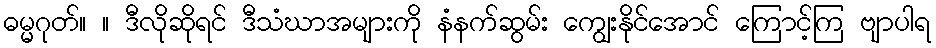
ဓမ္မဂုတ်။ ။ ဒီလိုဆိုရင် ဒီသံဃာအများကို နံနက်ဆွမ်း ကျွေးနိုင်အောင် ကြောင့်ကြ ဗျာပါရ